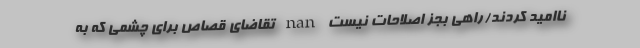
ناامید کردند/راهی بجز اصلاحات نیست nan تقاضای قصاص برای چشمی که به